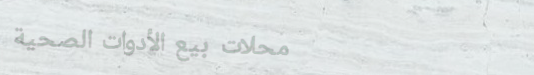
محلات بيع الأدوات الصحية